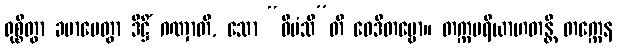
ရုစ္စိတွာ ခမာပေတွာ ဒိဋ္ဌိံ ဂဏှာတိ, သော “ဝီမံသီ”တိ ဝေဒိတဗ္ဗော။ တက္ကပရိယာဟတန္တိ တက္ကေန